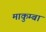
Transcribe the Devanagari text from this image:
माकुम्बा